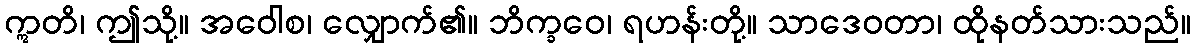
ဣတိ၊ ဤသို့။ အဝေါစ၊ လျှောက်၏။ ဘိက္ခဝေ၊ ရဟန်းတို့။ သာဒေဝတာ၊ ထိုနတ်သားသည်။